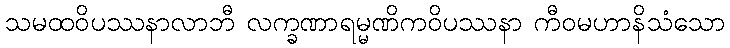
သမထဝိပဿနာလာဘီ လက္ခဏာရမ္မဏိကဝိပဿနာ ကီဝမဟာနိသံသော